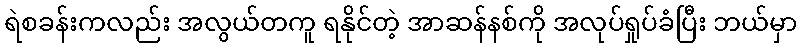
ရဲစခန်းကလည်း အလွယ်တကူ ရနိုင်တဲ့ အာဆန်နစ်ကို အလုပ်ရှုပ်ခံပြီး ဘယ်မှာ